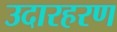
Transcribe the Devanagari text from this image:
उदारहरण